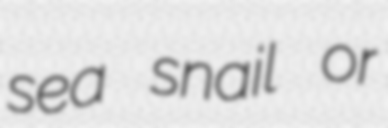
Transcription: sea snail or